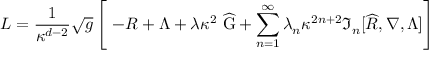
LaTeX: { \cal L } = \frac { 1 } { \kappa ^ { d - 2 } } \sqrt { g } \left[ \ - R + \Lambda + \lambda \kappa ^ { 2 } ~ \widehat { \mathrm { G } } + \sum _ { n = 1 } ^ { \infty } \lambda _ { n } \kappa ^ { 2 n + 2 } \Im _ { n } [ \widehat { R } , \nabla , \Lambda ] \right]